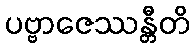
ပဗ္ဗာဇေဿန္တီတိ